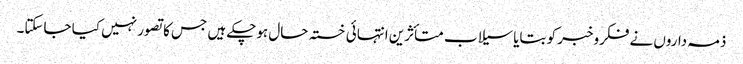
ذمہ داروں نے فکروخبر کو بتایا سیلاب متأثرین انتہائی خستہ حال ہوچکے ہیں جس کا تصور نہیں کیا جاسکتا۔